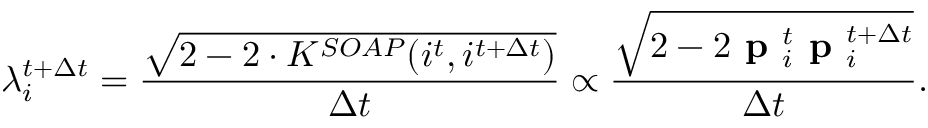
\centering \lambda _ { i } ^ { t + \Delta t } = \frac { \sqrt { 2 - 2 \cdot K ^ { S O A P } ( i ^ { t } , i ^ { t + \Delta t } ) } } { \Delta t } \propto \frac { \sqrt { 2 - 2 \textbf { p } _ { i } ^ { t } \textbf { p } _ { i } ^ { t + \Delta t } } } { \Delta t } .